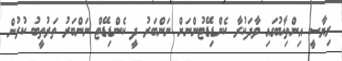
ރިޔާސީ އިންތިޚާބުގައި ވާދަކުރާ ކެންޑިޑޭޓުންނަށް ނަންބަރު ދީ ކެންޑިޑޭޓް ނަންބަރު ތަރުތީބު ކުރުން